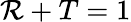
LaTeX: \mathcal{R}+T=1